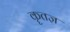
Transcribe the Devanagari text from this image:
कॄतज्ञ